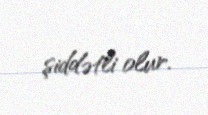
şiddətli olur.